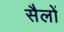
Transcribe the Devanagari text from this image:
सैलों